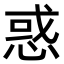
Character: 惑